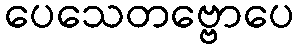
ပေသေတဗ္ဗောပေ